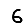
Digit: 6